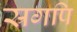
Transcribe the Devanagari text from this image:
स्रगपि